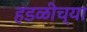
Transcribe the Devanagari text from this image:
हडळीच्या